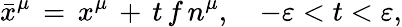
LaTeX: \bar{x}^{\mu}\, =\, x^{\mu}\, +\, t\, f\, n^{\mu},\quad-\varepsilon<t<\varepsilon,